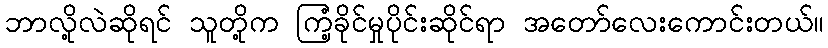
ဘာလို့လဲဆိုရင် သူတို့က ကြံ့ခိုင်မှုပိုင်းဆိုင်ရာ အတော်လေးကောင်းတယ်။